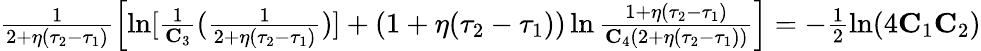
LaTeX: \begin{array}{r}{\frac{1}{2+\eta(\tau_{2}-\tau_{1})}\left[\ln[\frac{1}{\mathbf{C}_{3}}(\frac{1}{2+\eta(\tau_{2}-\tau_{1})})]+(1+\eta(\tau_{2}-\tau_{1}))\ln\frac{1+\eta(\tau_{2}-\tau_{1})}{\mathbf{C}_{4}(2+\eta(\tau_{2}-\tau_{1}))}\right]=-\frac{1}{2}\ln(4\mathbf{C}_{1}\mathbf{C}_{2})}\end{array}